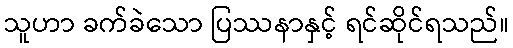
သူဟာ ခက်ခဲသော ပြဿနာနှင့် ရင်ဆိုင်ရသည်။